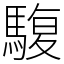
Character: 䮡